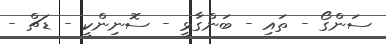
ސަންގޯ - ތައި - ބަންގާޅީ - ސޮނިންކީ - ޑަޗް -